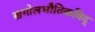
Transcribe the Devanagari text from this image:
खगोलभौतिकविद्